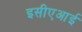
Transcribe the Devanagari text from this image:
इसीएआई